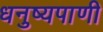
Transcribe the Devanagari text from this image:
धनुष्यपाणी